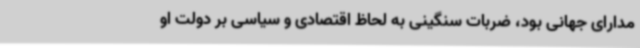
مدارای جهانی بود، ضربات سنگینی به‌ لحاظ اقتصادی و سیاسی بر دولت او